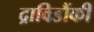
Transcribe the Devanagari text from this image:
द्राविडौंकी